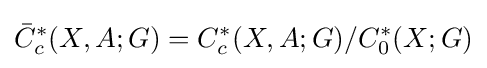
{\bar {C}}_{c}^{*}(X,A;G)=C_{c}^{*}(X,A;G)/C_{0}^{*}(X;G)